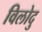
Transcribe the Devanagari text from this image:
विलोदु